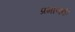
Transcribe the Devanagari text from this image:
प्रमाणके